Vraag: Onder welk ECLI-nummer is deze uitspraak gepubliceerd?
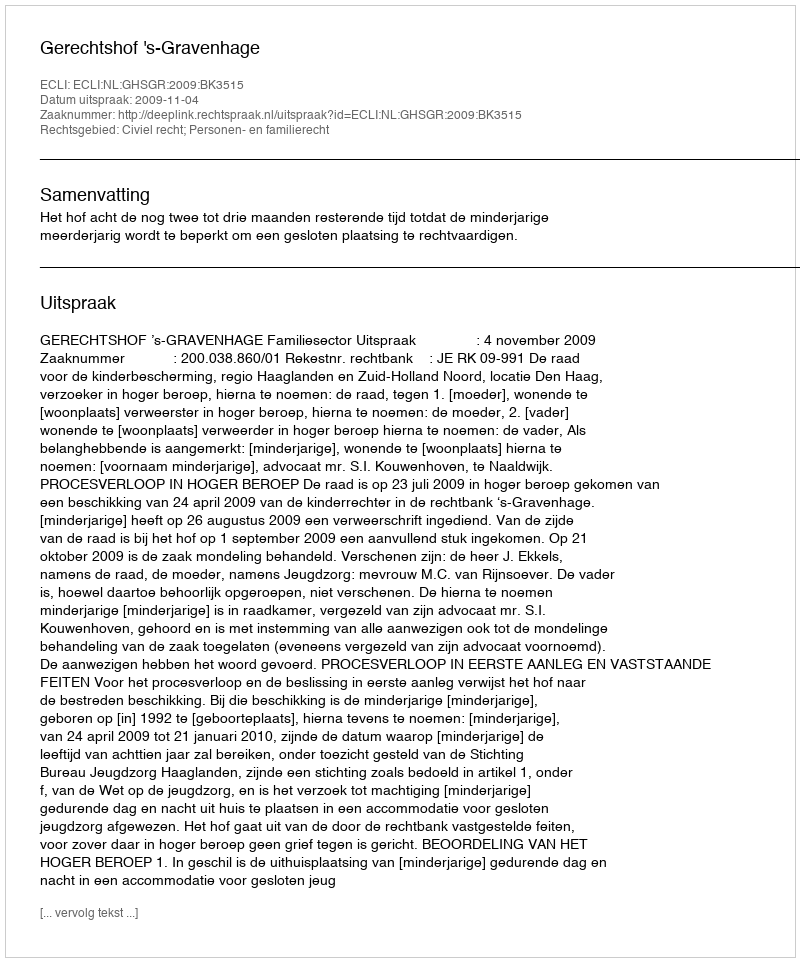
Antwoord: ECLI:NL:GHSGR:2009:BK3515